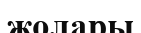
жолары